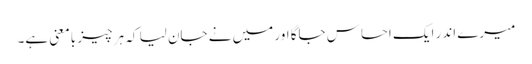
میرے اندر ایک احساس جاگا اور میں نے جان لیا کہ ہر چیز بامعنی ہے۔